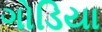
ગોડિયા